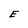
Character: E